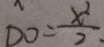
D 0 = \frac { x ^ { 2 } } { 2 }